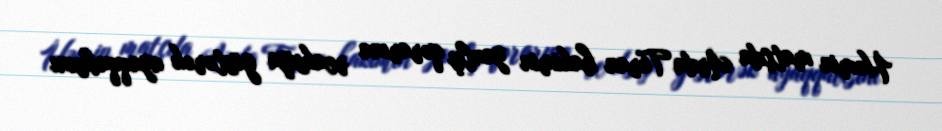
Həmin matçda Arda Turan hakimin yanlış qərarına reaksiya göstərək ayaqqabısını